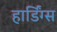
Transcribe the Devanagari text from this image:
हार्डिंग्स